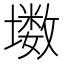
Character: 𱘊